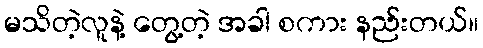
မသိတဲ့လူနဲ့ တွေ့တဲ့ အခါ စကား နည်းတယ်။